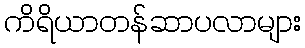
ကိရိယာတန်ဆာပလာများ